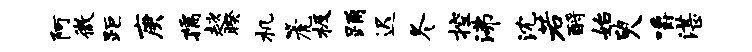
阿微距庚孺趑暌机篪极踊迟冬控沸沈若酹始臾嚼湛